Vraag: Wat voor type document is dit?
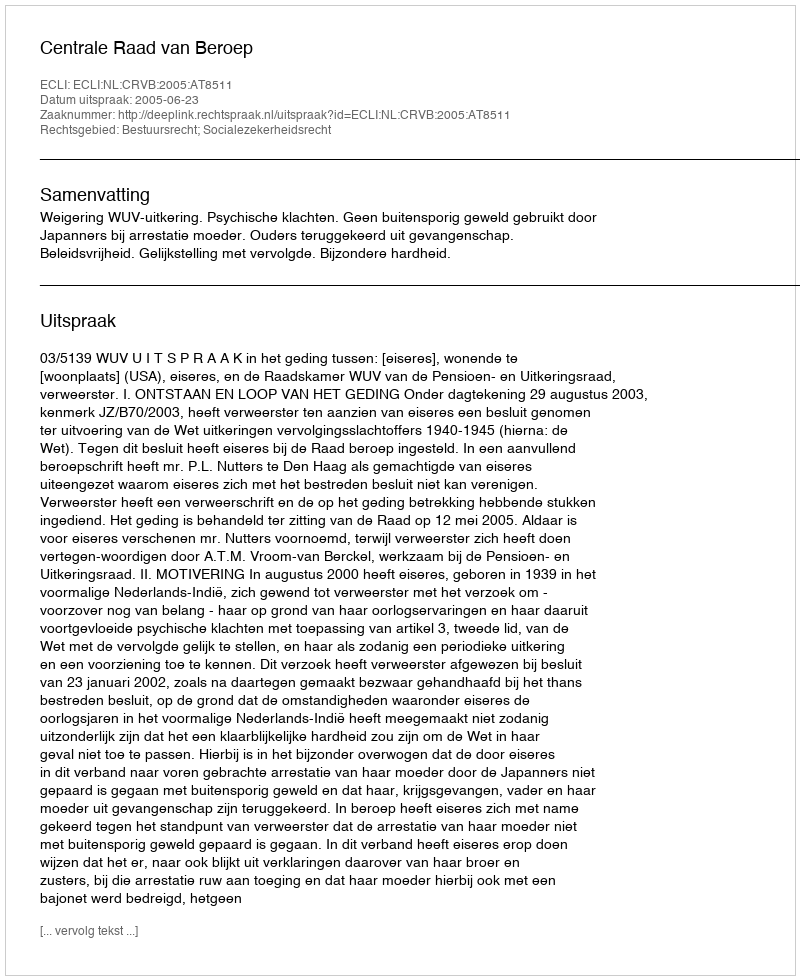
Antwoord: Uitspraak